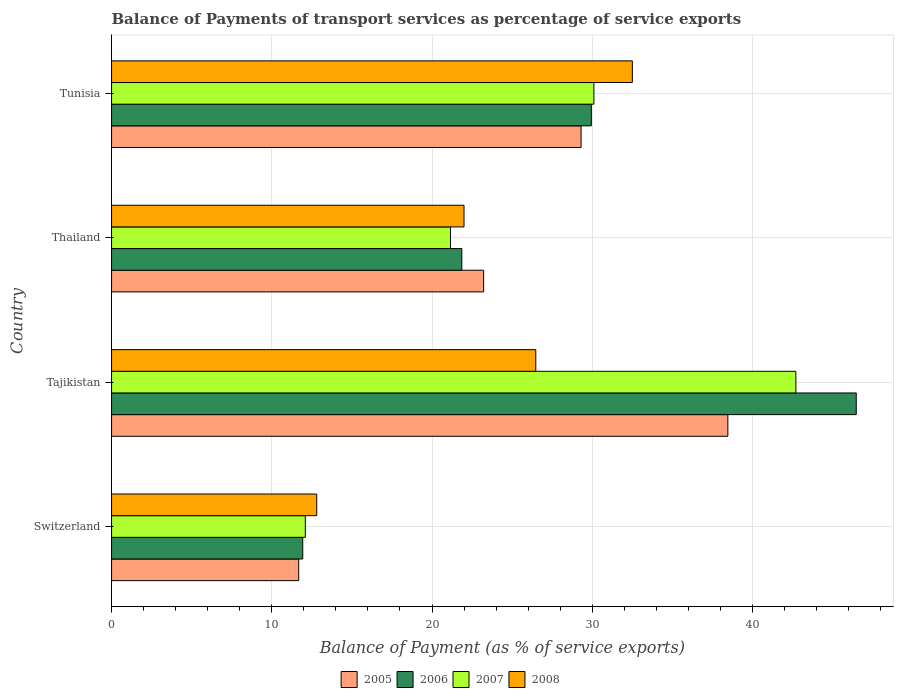
| Country | 2005 | 2006 | 2007 | 2008 |
 | --- | --- | --- | --- | --- |
 | Switzerland | 11.7 | 11.9 | 12.1 | 12.8 |
 | Tajikistan | 38.5 | 46.5 | 42.7 | 26.5 |
 | Thailand | 23.2 | 21.9 | 21.2 | 22 |
 | Tunisia | 29.3 | 29.9 | 30.1 | 32.5 |